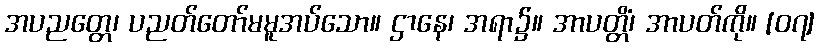
အပညတ္တေ၊ ပညတ်တော်မမူအပ်သော။ ဌာနေ၊ အရာ၌။ အာပတ္တိံ၊ အာပတ်ကို။ [၀၇]